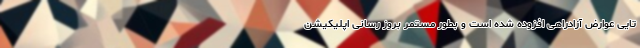
تایی عوارض آزادراهی افزوده شده است و بطور مستمر بروز رسانی اپلیکیشن